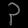
Digit: ၃